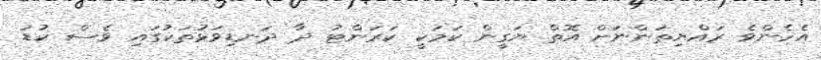
އެހެންވެ ރައްޔިތުންނަށް އޮތް ޔަގީން ކަމަކީ ކަރަންޓު ދާ ދަނޑިވަޅުތަކުގައި ވެސް ކުޑަ